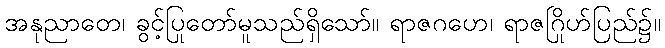
အနုညာတေ၊ ခွင့်ပြုတော်မူသည်ရှိသော်။ ရာဇဂဟေ၊ ရာဇဂြိုဟ်ပြည်၌။